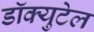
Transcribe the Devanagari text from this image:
डॉक्युटेल